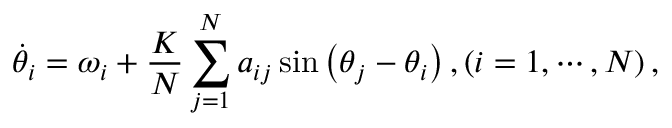
\dot { \theta } _ { i } = \omega _ { i } + \frac { K } { N } \sum _ { j = 1 } ^ { N } a _ { i j } \sin \left( \theta _ { j } - \theta _ { i } \right) , ( i = 1 , \cdots , N ) \, ,